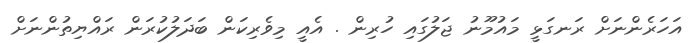
އަހަރެންނަށް ރަނގަޅީ މައުމޫނު ޖަލުގައި ހުރިން . އެއީ މިވެރިކަން ބަދަލުކުރަން ރައްޔިތުންނަށް